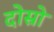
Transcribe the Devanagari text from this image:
दोस्रो